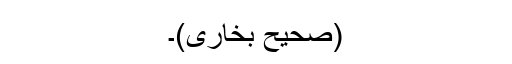
(صحیح بخاری)۔